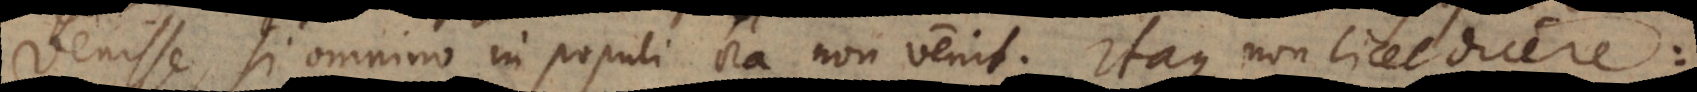
venisse, si omnino in populi ora non venit. Itaque non licet dicere: